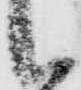
候